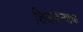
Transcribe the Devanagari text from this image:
शिकविन्याचा